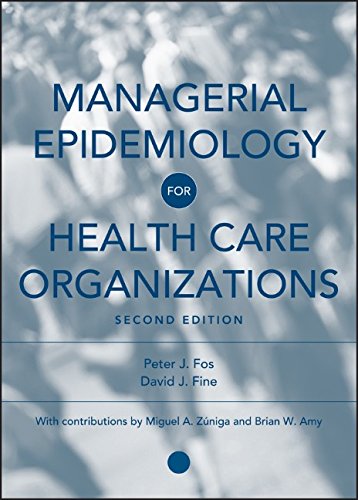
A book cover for Managerial Epidemiology for Health Care Organizations; Peter J. Fos; Medical Books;